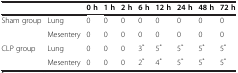
<table><thead><tr><td><b> </b></td><td><b> </b></td><td><b>0 h</b></td><td><b>1 h</b></td><td><b>2 h</b></td><td><b>6 h</b></td><td><b>12 h</b></td><td><b>24 h</b></td><td><b>48 h</b></td><td><b>72 h</b></td></tr></thead><tbody><tr><td>Sham group</td><td>Lung</td><td>0</td><td>0</td><td>0</td><td>0</td><td>0</td><td>0</td><td>0</td><td>0</td></tr><tr><td> </td><td>Mesentery</td><td>0</td><td>0</td><td>0</td><td>0</td><td>0</td><td>0</td><td>0</td><td>0</td></tr><tr><td>CLP group</td><td>Lung</td><td>0</td><td>0</td><td>0</td><td>3<sup>*</sup></td><td>5<sup>*</sup></td><td>5<sup>*</sup></td><td>5<sup>*</sup></td><td>5<sup>*</sup></td></tr><tr><td> </td><td>Mesentery</td><td>0</td><td>0</td><td>0</td><td>2<sup>*</sup></td><td>4<sup>*</sup></td><td>5<sup>*</sup></td><td>5<sup>*</sup></td><td>5<sup>*</sup></td></tr></tbody></table>